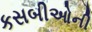
કસબીઓની